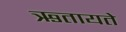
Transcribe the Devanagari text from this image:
ऋतायते